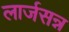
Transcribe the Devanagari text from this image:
लार्जसन्न